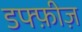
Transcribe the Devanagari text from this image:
डफ्फ़ीज़